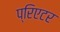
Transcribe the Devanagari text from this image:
प्रिएटर